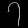
Digit: ၇